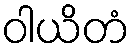
ဝါယိတံ